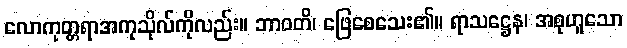
လောကုတ္တရာအကုသိုလ်ကိုလည်း။ ဘာဝတိ၊ ဖြေစေသေး၏။ ရာသဋ္ဌေန၊ အစုဟူသော